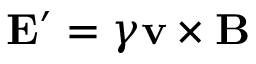
\mathbf { E } ^ { \prime } = \gamma \mathbf { v } \times \mathbf { B }